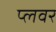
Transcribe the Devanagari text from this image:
प्लवर